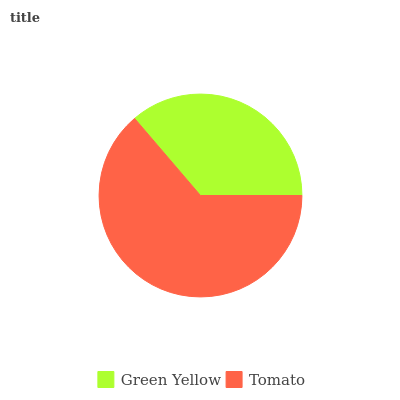
| Green Yellow | Tomato |
 | --- | --- |
 | 36.3% | 63.7% |